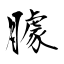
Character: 臄